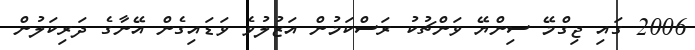
2006 ގައި ޖިގްމޭ ސިންޔޭ ވަންޗުކު ރަސްކަމުން އަޒުލުވެ ވަޑައިގެން އޭނާގެ ދަރިކަލުން